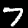
Label: 7